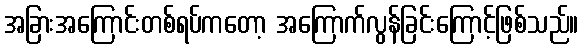
အခြားအကြောင်းတစ်ရပ်ကတော့ အကြောက်လွန်ခြင်းကြောင့်ဖြစ်သည်။